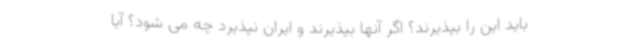
باید این را بپذیرند؟ اگر آنها بپذیرند و ایران نپذیرد چه می شود؟ آیا